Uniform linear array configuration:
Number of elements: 24
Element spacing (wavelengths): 1
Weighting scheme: blackman
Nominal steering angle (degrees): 45
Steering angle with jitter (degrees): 43.254
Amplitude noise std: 0.05
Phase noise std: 0.05

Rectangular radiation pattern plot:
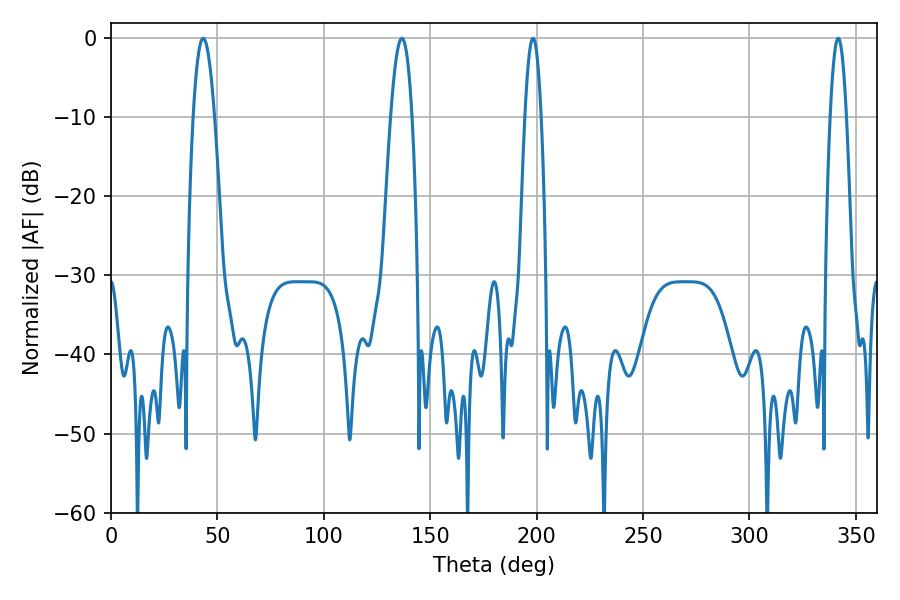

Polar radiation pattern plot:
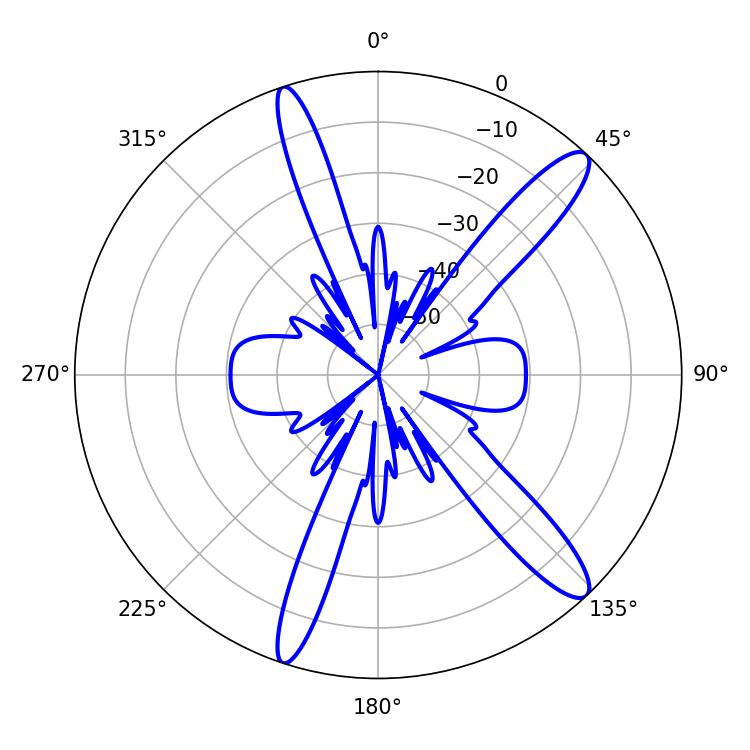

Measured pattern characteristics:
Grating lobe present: TRUE
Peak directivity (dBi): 13.305
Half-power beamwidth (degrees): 5.4
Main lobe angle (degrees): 43.38